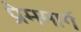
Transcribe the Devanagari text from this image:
प्रेममार्ग